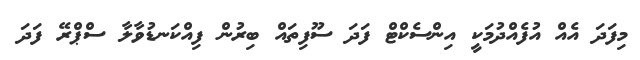
މިފަދަ އެއް އުފެއްދުމަކީ އިންސެކްޓް ފަދަ ސޫފިތައް ބިރުން ފިއްކަނޑުވާލާ ސްޕްރޭ ފަދަ